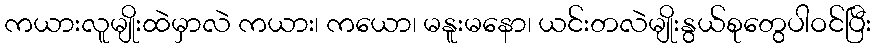
ကယားလူမျိုးထဲမှာလဲ ကယား၊ ကယော၊ မနူးမနော၊ ယင်းတလဲမျိုးနွယ်စုတွေပါဝင်ပြီး